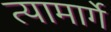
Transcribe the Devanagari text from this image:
त्यामार्गे